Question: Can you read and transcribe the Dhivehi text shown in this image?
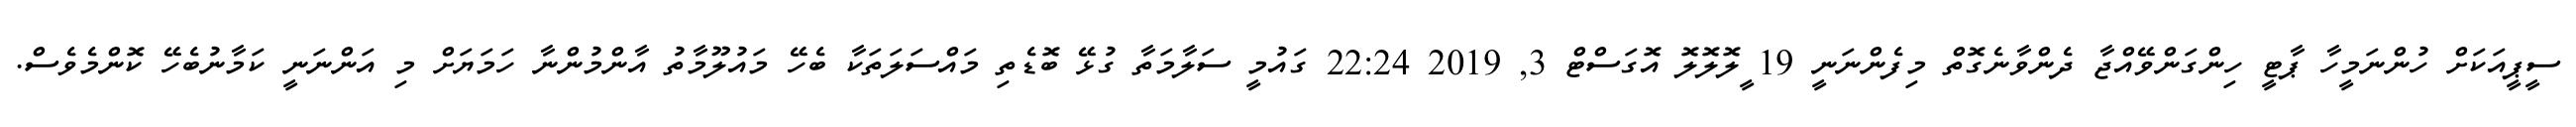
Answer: ސީޕީއަކަށް ހުންނަމީހާ ޕާޓީ ހިންގަންވޭއްޖާ ދެންވާނެގޮތް މިފެންނަނީ 19 ީލޮލޮލޮ އޮގަސްޓް 3, 2019 22:24 ގައުމީ ސަލާމަތާ ގުޅޭ ބޮޑެތި މައްސަލަތަކާ ބެހޭ މައުލޫމާތު އާންމުންނާ ހަމަޔަށް މި އަންނަނީ ކަމާނުބެހޭ ކޮންމެވެސް.